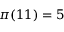
\pi ( 1 1 ) = 5